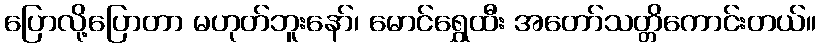
ပြောလို့ပြောတာ မဟုတ်ဘူးနော်၊ မောင်ရွှေထီး အတော်သတ္တိကောင်းတယ်။